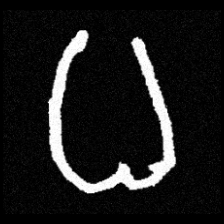
Pyu character \u2014 Myanmar letter: ဓ (romanized: dha)